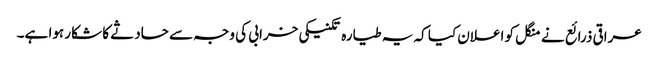
عراقی ذرائع نے منگل کو اعلان کیا کہ یہ طیارہ تکنیکی خرابی کی وجہ سے حادثے کا شکار ہوا ہے۔